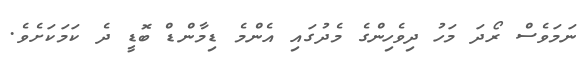
ނަމަވެސް ރޯދަ މަހު ދިވެހިންގެ މެދުގައި އެންމެ ޑިމާންޑް ބޮޑީ ދެ ކަމަކަށެވެ.